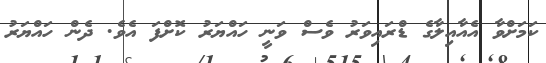
ކަމަށްވާ އެއާއިލާގެ ޑްރައިވަރު ވެސް ވަނީ ހައްޔަރު ކޮށްފަ އެވެ. ދެން ހައްޔަރު